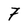
Character: 7